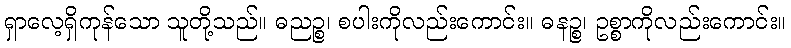
ရှာလေ့ရှိကုန်သော သူတို့သည်။ ဓညဉ္စ၊ စပါးကိုလည်းကောင်း။ ဓနဉ္စ၊ ဥစ္စာကိုလည်းကောင်း။